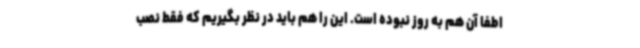
اطفا آن هم به روز نبوده است. این را هم باید در نظر بگیریم که فقط نصب